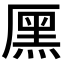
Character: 𠪩